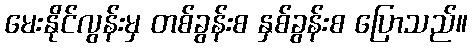
မေးနိုင်လွန်းမှ တစ်ခွန်းစ နှစ်ခွန်းစ ပြောသည်။